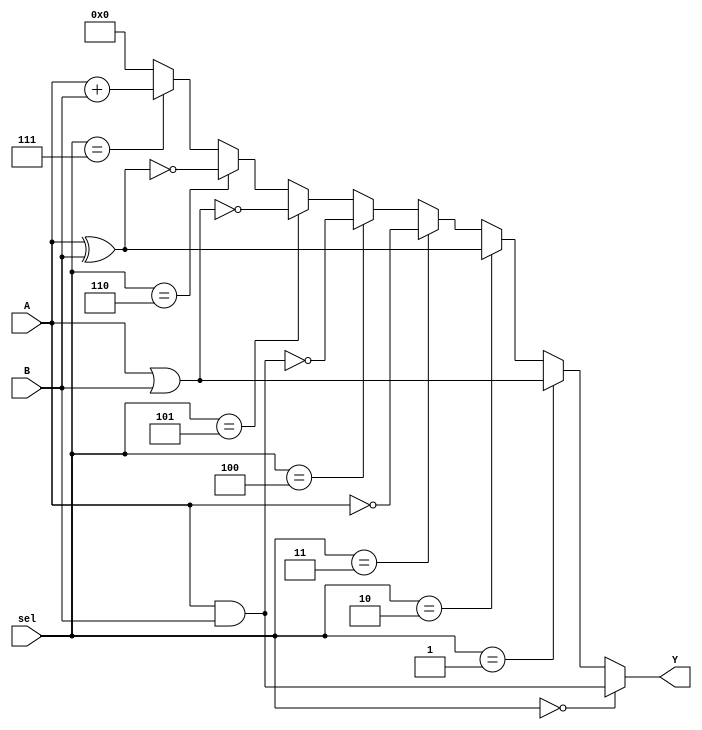
module comb_logic_block (
    input wire [3:0] A, // 4-bit input A
    input wire [3:0] B, // 4-bit input B
    input wire [2:0] sel, // 3-bit selector for operation
    output wire [3:0] Y // 4-bit output Y
);

// Define the operations based on the selector
// sel = 000 -> A AND B
// sel = 001 -> A OR B
// sel = 010 -> A XOR B
// sel = 011 -> NOT A
// sel = 100 -> NAND A, B
// sel = 101 -> NOR A, B
// sel = 110 -> XNOR A, B
// sel = 111 -> A + B (4-bit addition)

assign Y = (sel == 3'b000) ? (A & B) : // AND
           (sel == 3'b001) ? (A | B) : // OR
           (sel == 3'b010) ? (A ^ B) : // XOR
           (sel == 3'b011) ? (~A) : // NOT A
           (sel == 3'b100) ? ~(A & B) : // NAND
           (sel == 3'b101) ? ~(A | B) : // NOR
           (sel == 3'b110) ? ~(A ^ B) : // XNOR
           (sel == 3'b111) ? (A + B) : 4'b0000; // Addition

endmodule